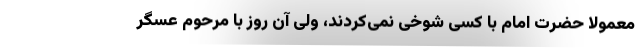
معمولاً حضرت امام با کسی شوخی نمی‌کردند، ولی آن روز با مرحوم عسگر